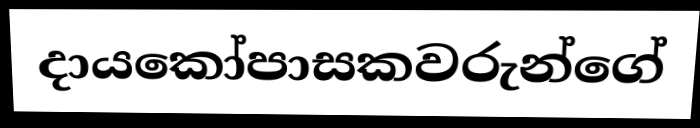
දායකෝපාසකවරුන්ගේ